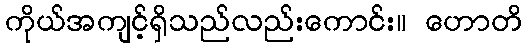
ကိုယ်အကျင့်ရှိသည်လည်းကောင်း။ ဟောတိ